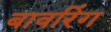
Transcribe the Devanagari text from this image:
बावरिंग